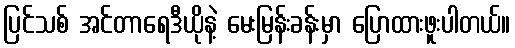
ပြင်သစ် အင်တာရေဒီယိုနဲ့ မေးမြန်းခန်းမှာ ပြောထားဖူးပါတယ်။